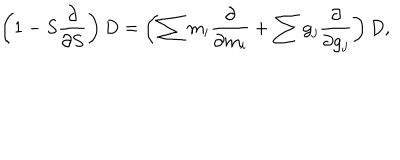
LaTeX: \left( 1 - S \frac { \partial } { \partial S } \right) D = \left( \sum m _ { i } \frac { \partial } { \partial m _ { i } } + \sum g _ { j } \frac \partial { \partial g _ { j } } \right) D ,